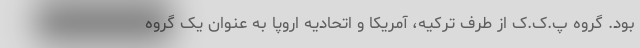
بود. گروه پ.ک.ک از طرف ترکیه، آمریکا و اتحادیه اروپا به عنوان یک گروه